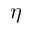
\eta